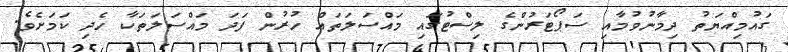
ގައުމިއްޔަތު ދިމާނުވުމާއި ސަޕޯޓަރުންގެ ލިސްޓުގައި މައްސަލަތައް ހުރުން ފަދަ މައްސަލަތަކާ ހެދި ކަމަށެވެ.